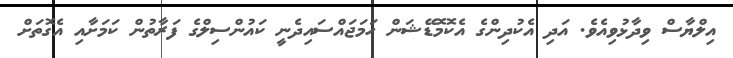
އިލްޔާސް ވިދާޅުވިއެވެ. އަދި އެކުދިންގެ އެކޮމޮޑޭޝަން ހަމަޖައްސައިދެނީ ކައުންސިލްގެ ފަރާތުން ކަމަށާއި އެގޮތަށް